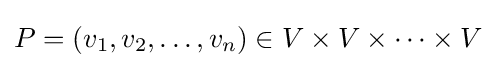
P=(v_{1},v_{2},\ldots ,v_{n})\in V\times V\times \cdots \times V